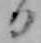
日